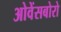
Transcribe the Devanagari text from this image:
ओवेंसबोरो